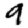
Digit: 9